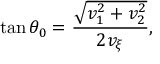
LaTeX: \tan \theta _ { 0 } = \frac { \sqrt { v _ { 1 } ^ { 2 } + v _ { 2 } ^ { 2 } } } { 2 v _ { \xi } } ,